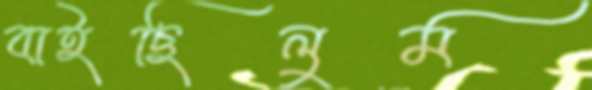
বাইছিলুম